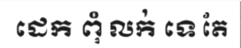
ដេក ពុំ លក់ ទេ តែ